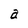
Character: a